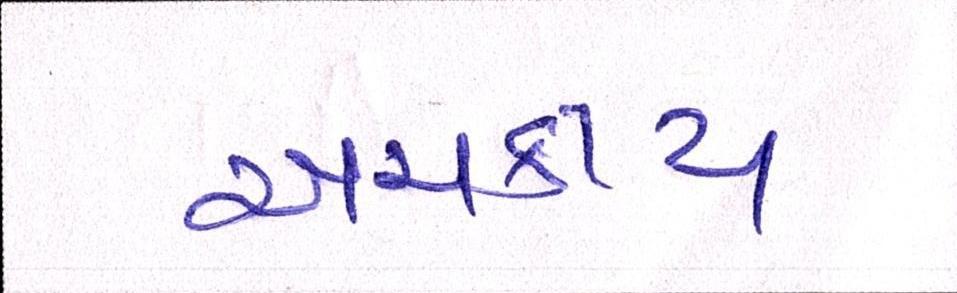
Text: અચકાય